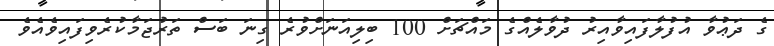
ގެ ދަޢުވާ އުފުލާފައިވާއިރު ދުވާލެއްގެ މައްޗަށް 100 ބިލިއަނަށްވުރެ ގިނަ ބަސް ތަރުޖަމާކުރެވިފައިވެއެވެ